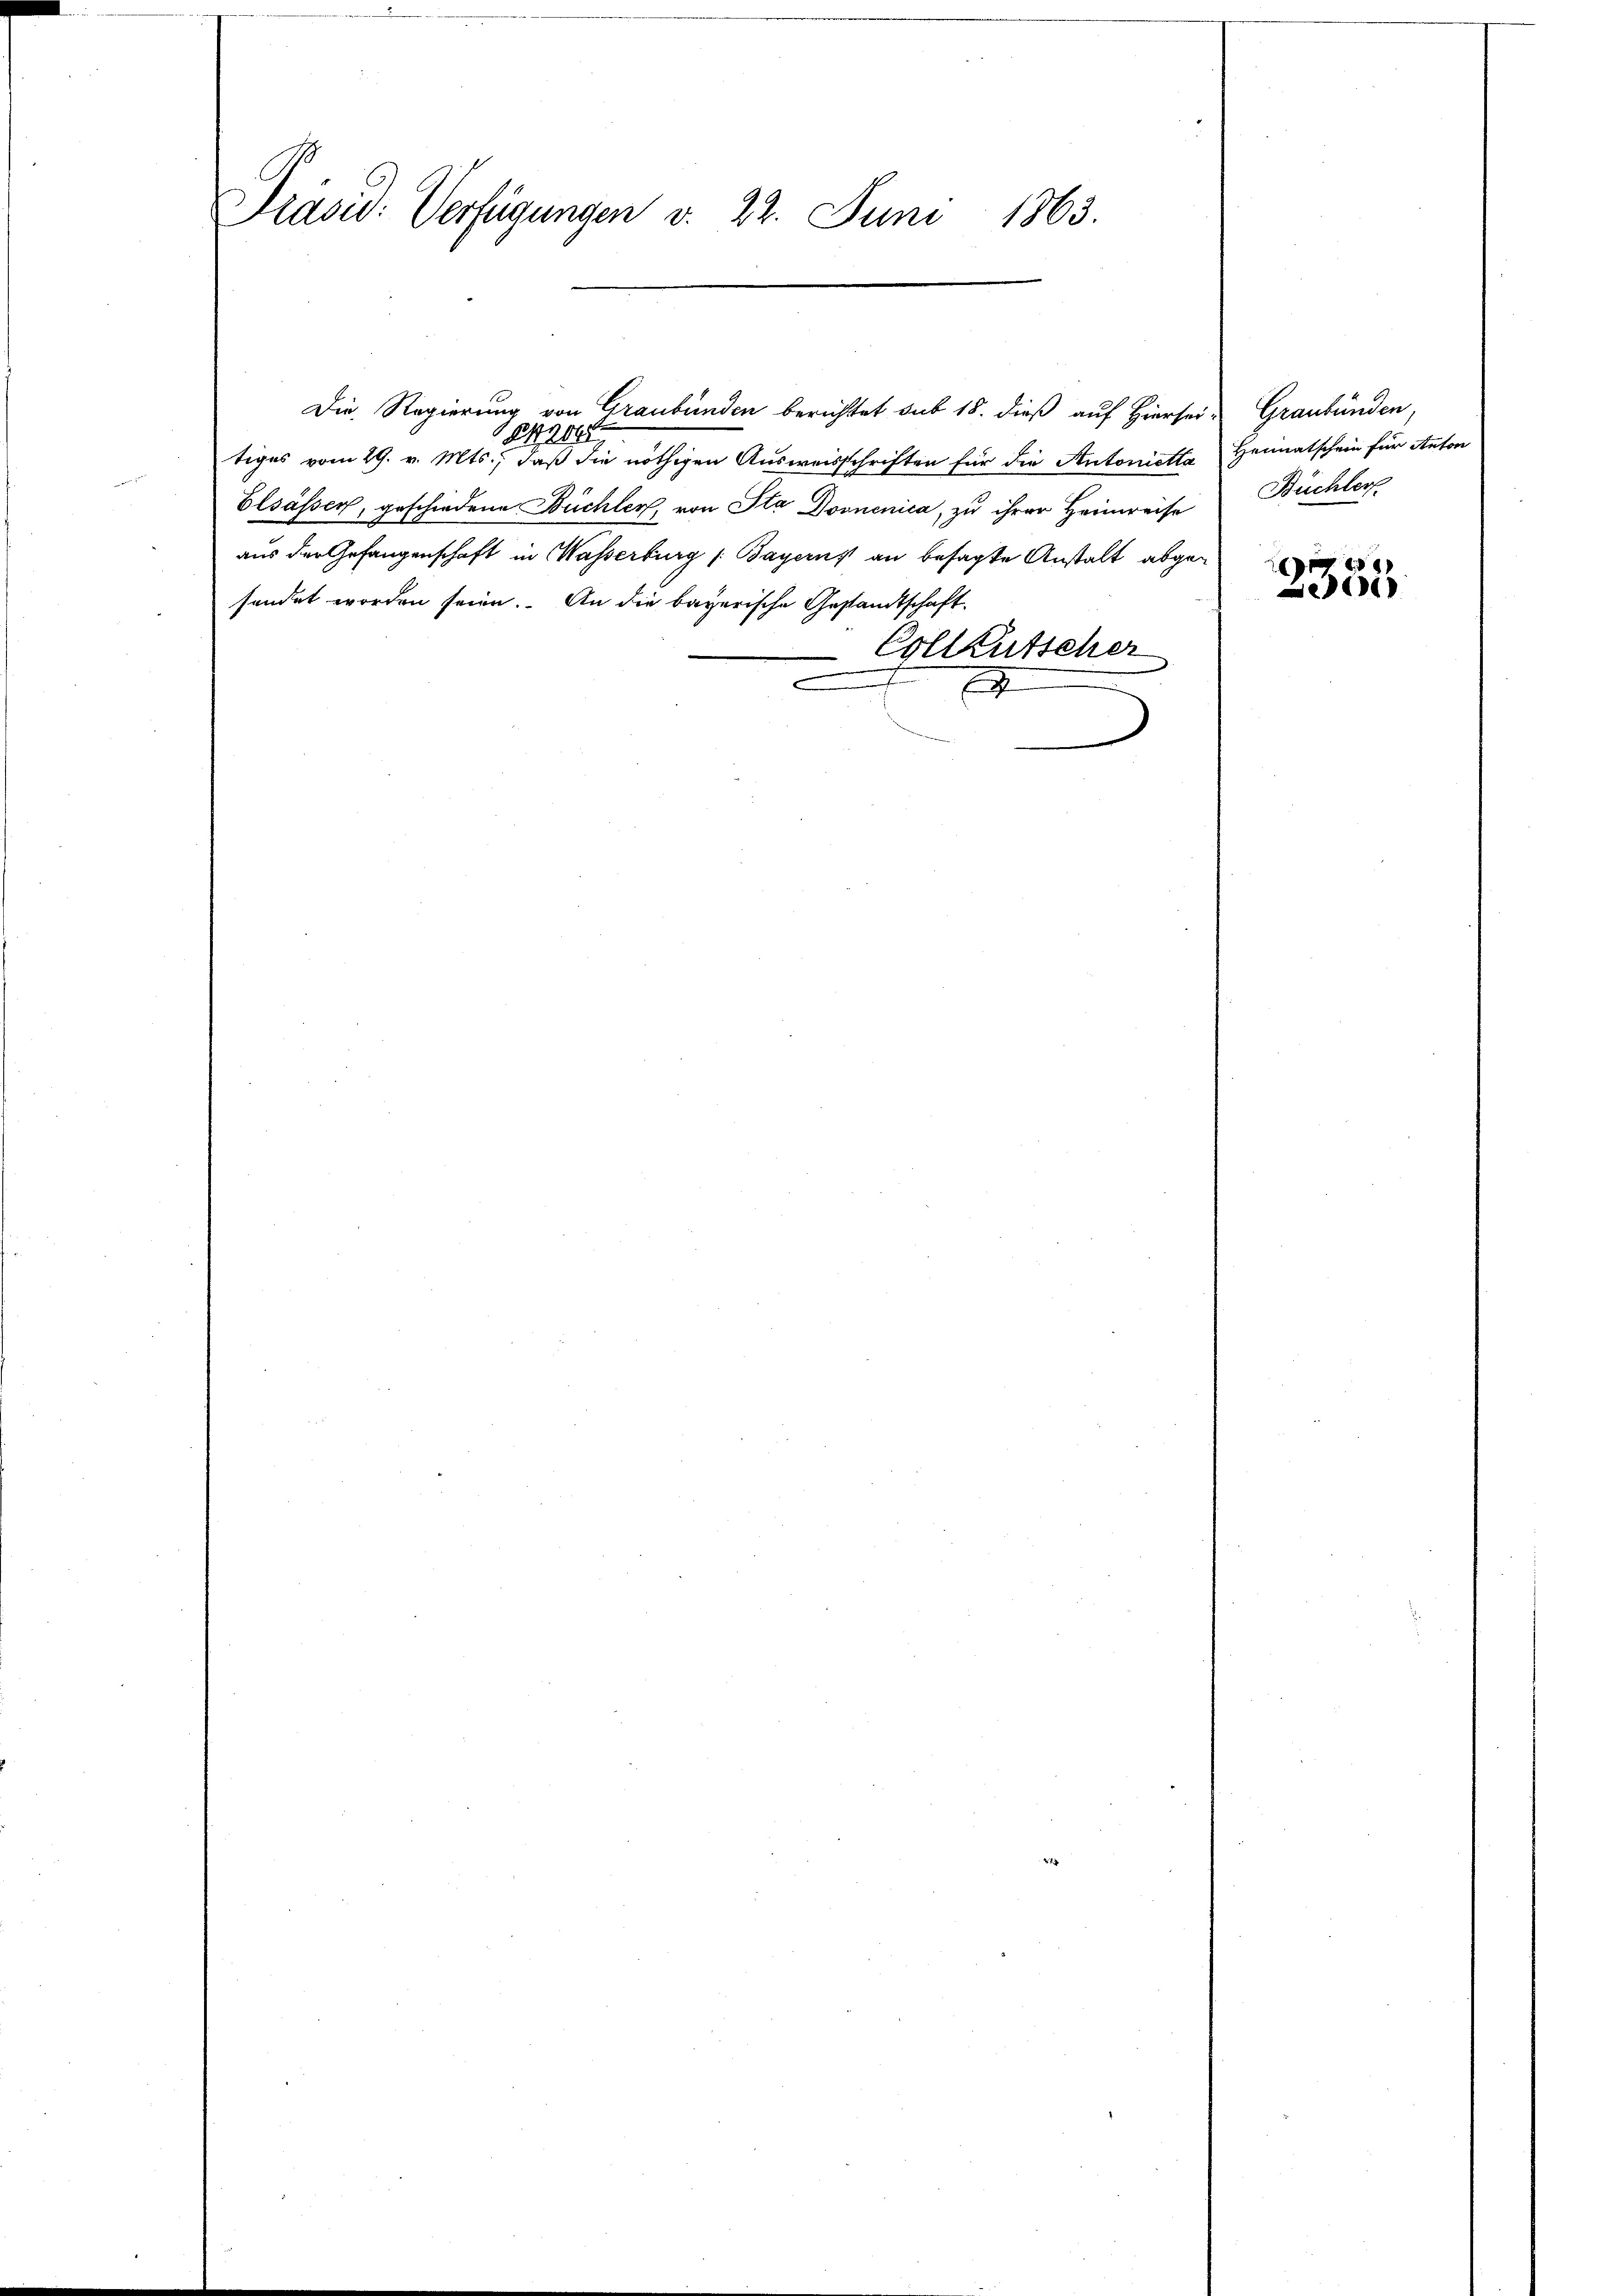
Präsid. Verfügungen v. 22. Juni 1863.

Die Regierung von Graubünden berichtet sub 18. dieß auf Hiersei- Graubünden,
43045
tiges vom 29. v. Mts., daß die nöthigen Ausweisschriften für die Antonietta Heimatschein für Anton
Elsässer, geschiedene Büchler, von Sta Donnenica, zu ihrer Heimreise Büchler
aus der Gefangenschaft in Wasserburg /: Bayerns an besagte Anstalt abgesendet worden seien. An die bayerische Gestandtschaft
Collkutscher
A

e
e